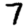
Digit: 7